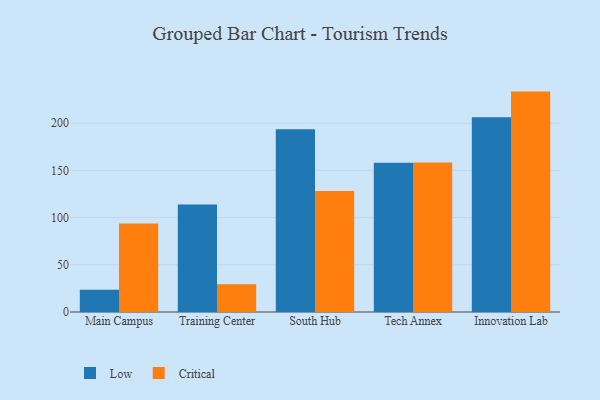
{"axis": {"x": "Campus", "y": "Page Views"}, "legend": ["Critical", "Low"], "data": [{"x": "Main Campus", "y": 23.6, "type": "Low"}, {"x": "Main Campus", "y": 93.8, "type": "Critical"}, {"x": "Training Center", "y": 113.9, "type": "Low"}, {"x": "Training Center", "y": 29.3, "type": "Critical"}, {"x": "South Hub", "y": 193.6, "type": "Low"}, {"x": "South Hub", "y": 128.2, "type": "Critical"}, {"x": "Tech Annex", "y": 158.1, "type": "Low"}, {"x": "Tech Annex", "y": 158.2, "type": "Critical"}, {"x": "Innovation Lab", "y": 206.2, "type": "Low"}, {"x": "Innovation Lab", "y": 233.4, "type": "Critical"}]}